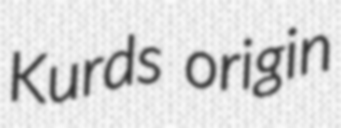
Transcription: Kurds origin